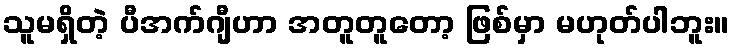
သူမရှိတဲ့ ပီအက်ဂျီဟာ အတူတူတော့ ဖြစ်မှာ မဟုတ်ပါဘူး။